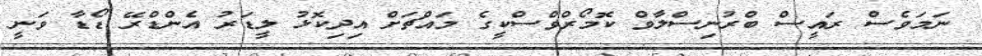
ނަމަވެސް ރައީސް ބްރުނިސްލާވް ކޮމޯރްވްސްކީގެ މައްޗަށް އިދިކޮޅު ލީޑަރު އެންޑްރޭ ޑޯޑާ ވަނީ